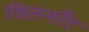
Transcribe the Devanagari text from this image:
विलमाँट